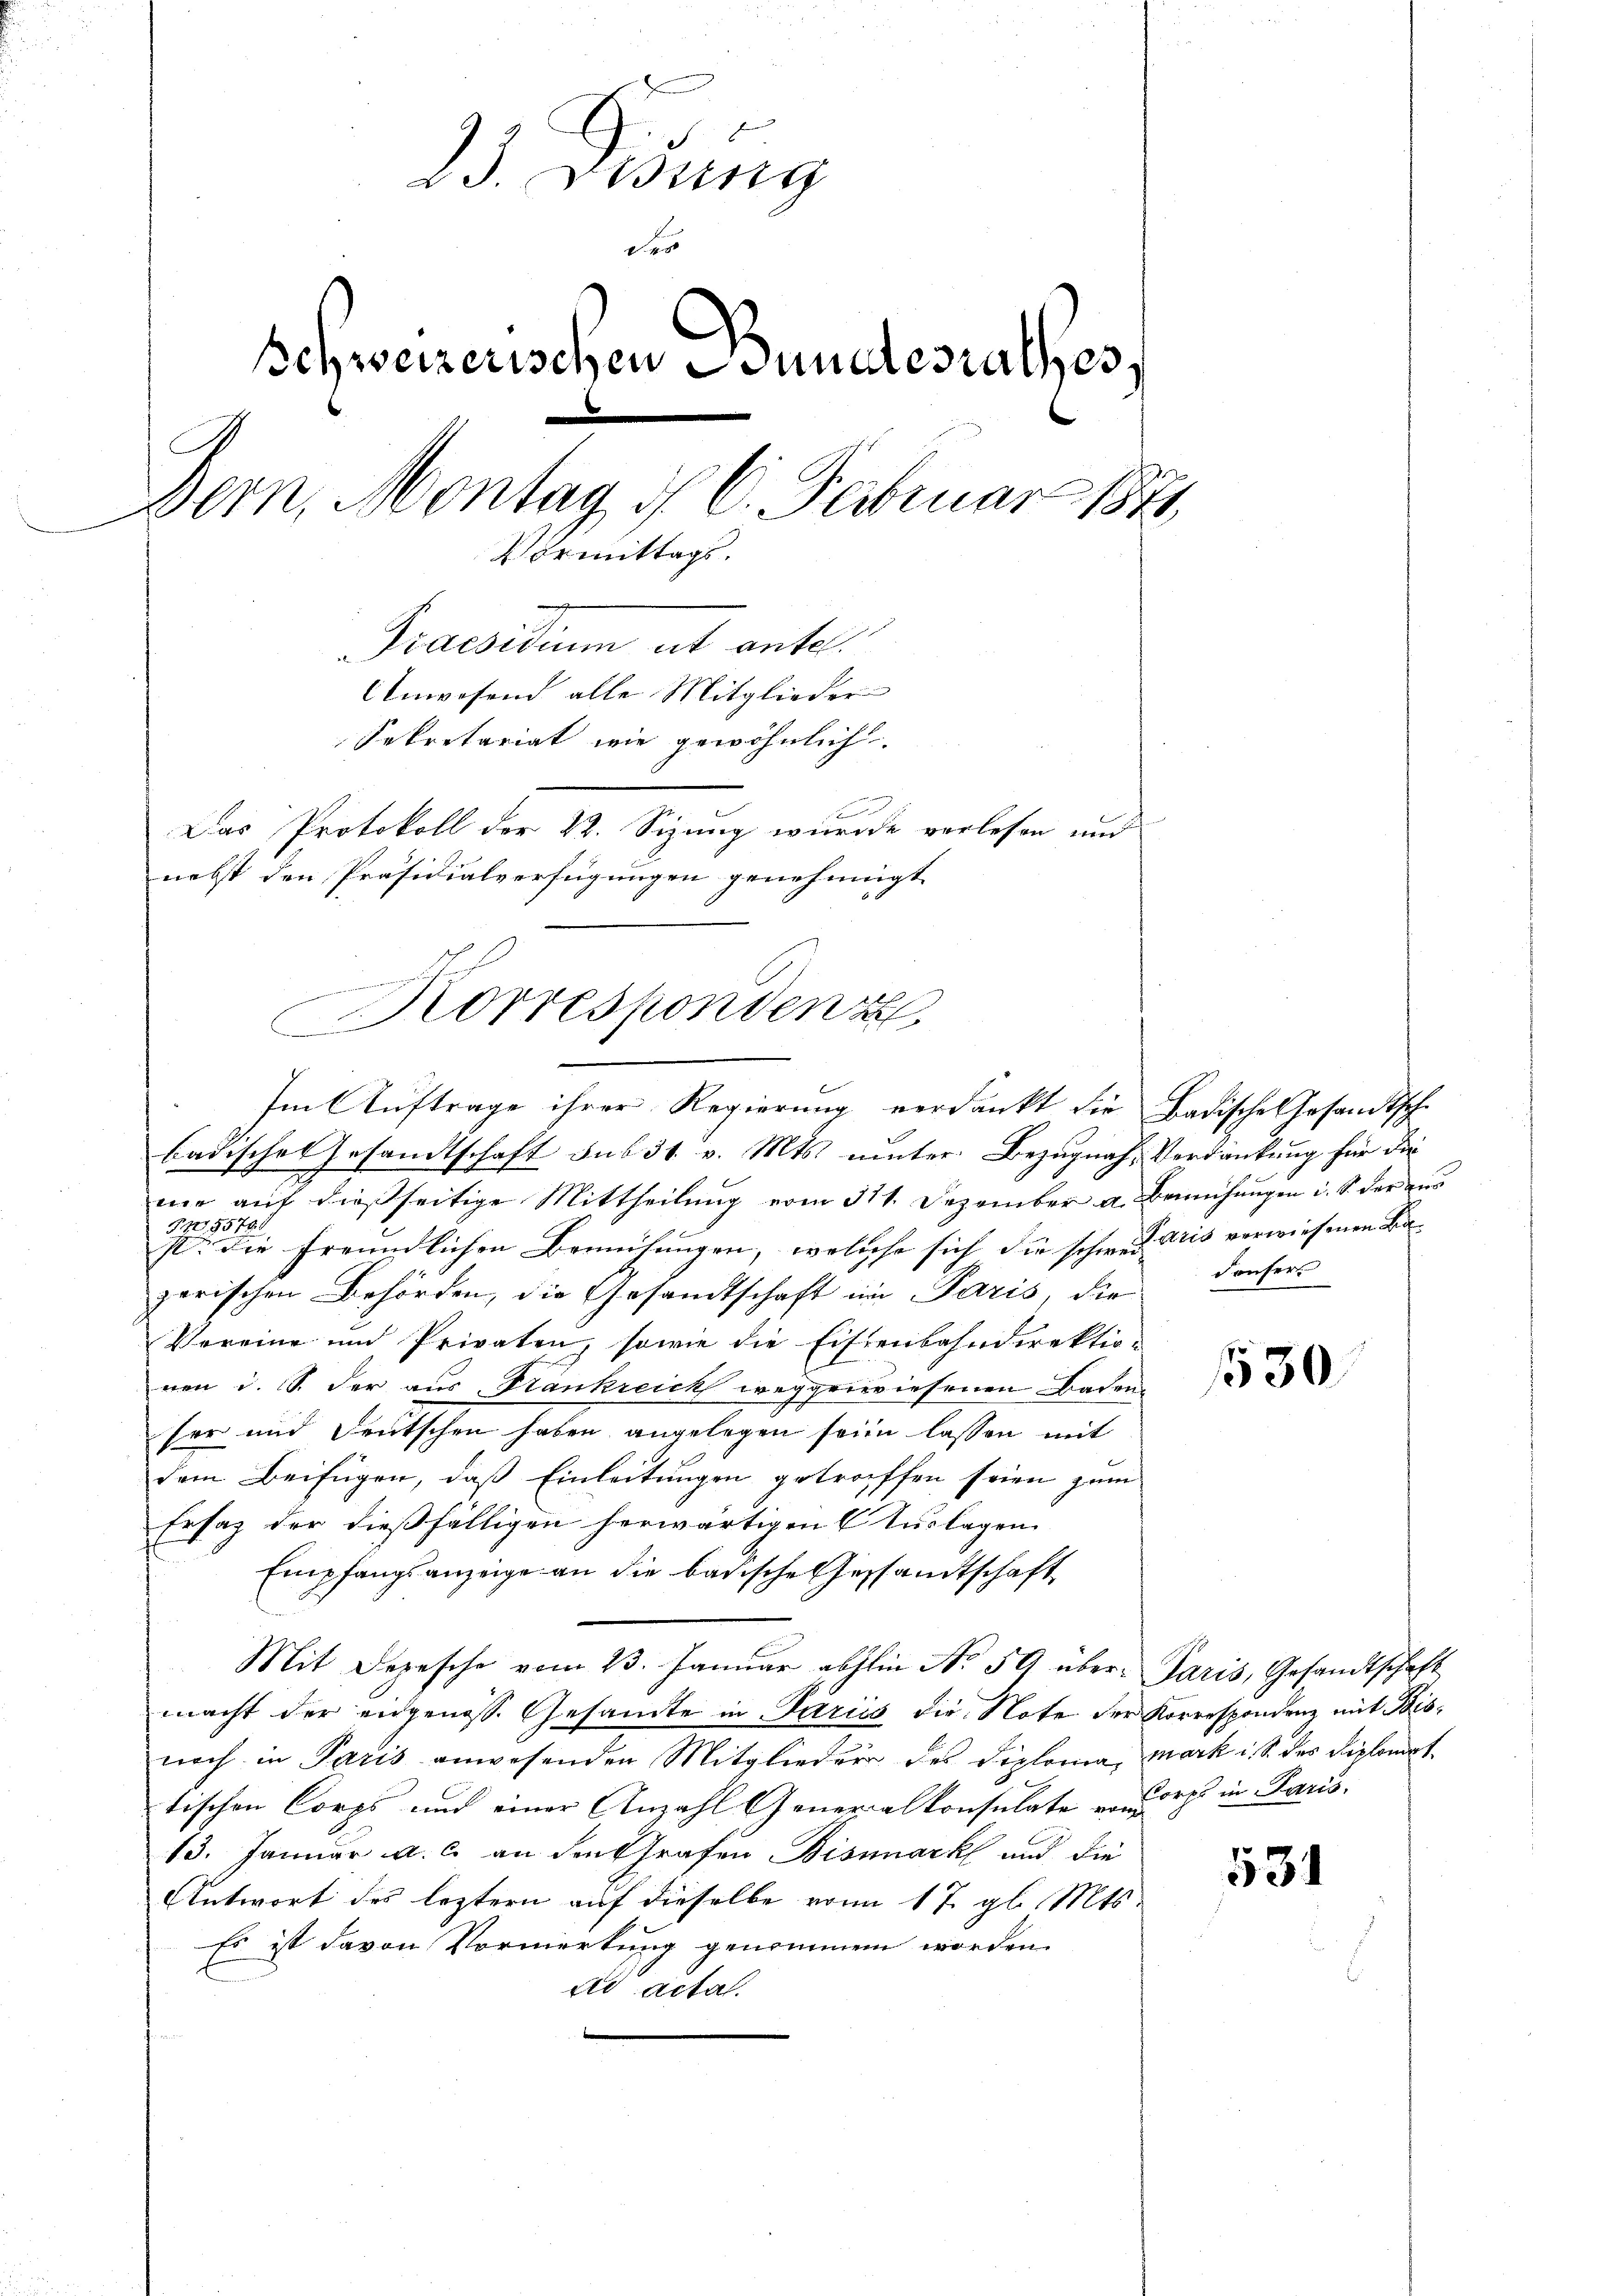
a. Eing
De
Schweizerischen Bundesrathes
Bern, Montag d. 6. Februar 1874.
Vormittags.
e
Praesidium et ante.
Unwesend alle Mitglieder
Sekretariat wie gewöhnlich.
.
Das Protokoll der 22. Sizung wurde verlesen und
nebst den Präsidialverfügungen genehmigt

geigenenden
Korrespondenz

Im Auftrage ihrer Regierung verdankt die Badische Gesandtsch-
badisches Gesandtschaft aus 31. v. Mts. unter Bezugnah Verdankung für die
mie auf dießseitige Mittheilung vom 311. Dezember a. Bemühungen i. S. der aus
§45579
J. die freundlichen Bemühungen, welche sich die schon daris verwiesenen Be- |
zerischen Behörden, die Gesandtschaft im Paris die
Vereine und Privaten, sowie die Eisenbahndirektio-
nen d. S. der aus Stankreich weggewiesenen Baden
her und Deutschen haben angelegen seien lassen mit
dem Beifügen, daß Einleitungen getroffen seien zum
Ersatz der dießfälligen herwärtigen (Auslagen.
Empfangsanzeige an die badische Gesandtschaft
Mit Depesche vom 23. Januar abhin No 59 über- Paris, Gesandtschaft
macht der eidgenoss. Gesamte in Pariis die Note der Korrespondenz mit Bisnoch in Paris anwesenden Mitglieder des Diploma, mark ist des Diplomat
tischen Corps und einer Anzahl Generalkonsulate von Corps in Paris.
13. Januar a. c. an den Grafen Bismark und die
Antwort des leztern auf dieselbe vom 17. gl. Mts.
Es ist davon Vormerkung genommen worden.
ad acta.

donfert

530.

531